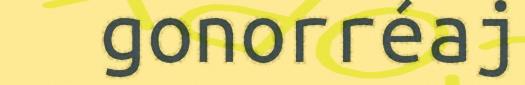
gonorréaj